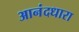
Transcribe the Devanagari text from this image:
आनंदधारा